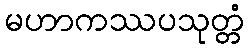
မဟာကဿပသုတ္တံ